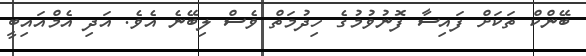
ބޭންކް ތަކަށް ފައިސާ ފޮނުވުމުގެ ހިދުމަތް ވެސް ލިބޭނެ އެވެ. އަދި އެމްއައިބީ